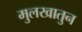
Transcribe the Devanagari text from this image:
मुलखातुन